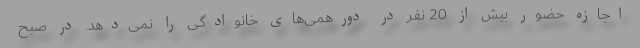
اجازه حضور بیش از 20 نفر در دورهمی‌های خانوادگی را نمی‌دهد. در صبح